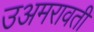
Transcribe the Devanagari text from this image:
उअमरावती